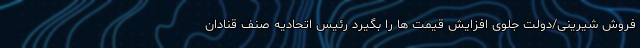
فروش شیرینی/دولت جلوی افزایش قیمت ها را بگیرد رئیس اتحادیه صنف قنادان